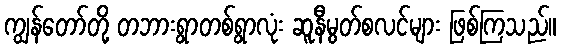
ကျွန်တော်တို့ တဘားရွာတစ်ရွာလုံး ဆူနီမွတ်စလင်များ ဖြစ်ကြသည်။